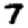
Digit: 7